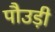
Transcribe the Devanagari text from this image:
पौउड़ी